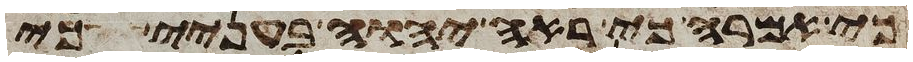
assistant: כי אמרה כי ראה יהוה בעניי כי